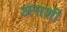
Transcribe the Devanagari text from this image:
असशी